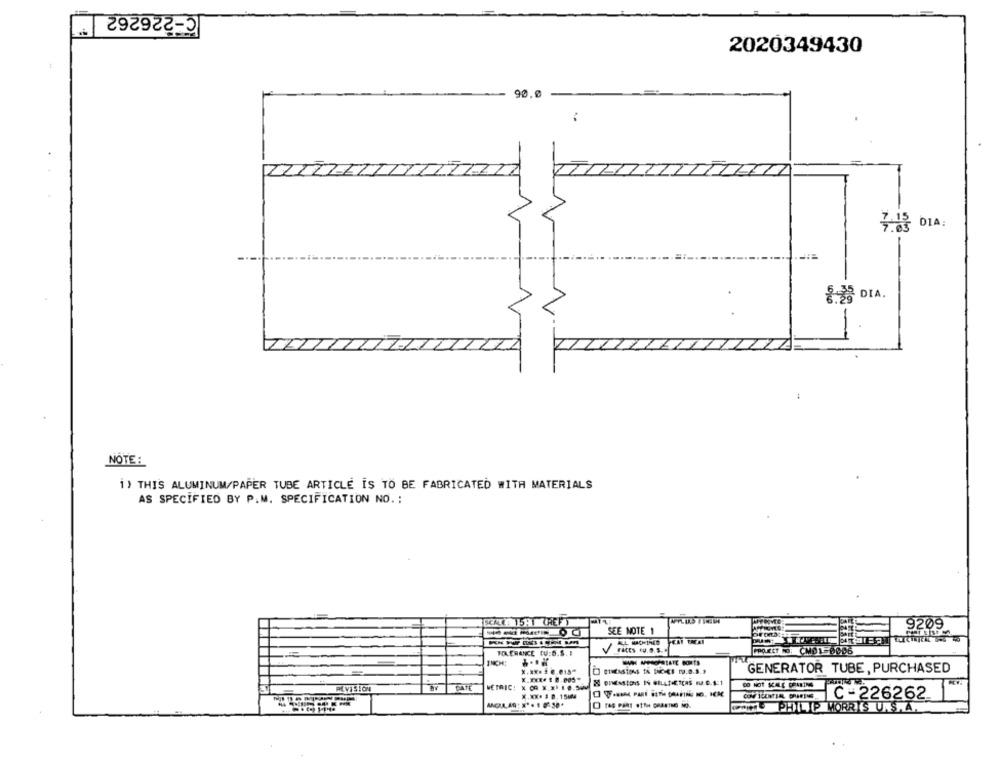
C-226262
2020349430
90.0
7.03 DIA:
8% DIA.
NOTE :
1) THIS ALUMINUM/PAPER TUBE ARTICLE IS TO BE FABRICATED WITH MATERIALS
AS SPECIFIED BY P.M. SPECIFICATION NO. :
SEE NOTE 1
9209
TOLERANCE CU:D.S. I
X .**. 2 0.015*
GENERATOR TUBE, PURCHASED
DATE
METRIC: X OR X.X 10.500
X.XX. 3 8, 15104
COW TUENTIAL GRAFING
C -226262
PHILIP MORRIS U.S.A